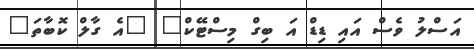
އަސްލު ވެސް އައި ޑިޑް އަ ބިގް މިސްޓޭކް" "އެ ގާލް ކޮބާތަ"